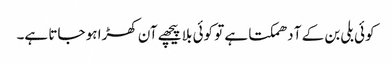
کوئی بلی بن کے آ دھمکتا ہے تو کوئی بلا پیچھے آن کھڑا ہو جاتا ہے۔